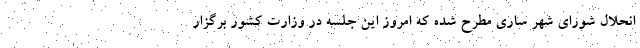
انحلال شورای شهر ساری مطرح شده که امروز این جلسه در وزارت کشور برگزار